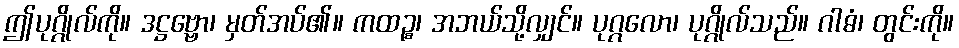
ဤပုဂ္ဂိုလ်ကို။ ဒဋ္ဌဗ္ဗော၊ မှတ်အပ်၏။ ကထဉ္စ၊ အဘယ်သို့လျှင်။ ပုဂ္ဂလော၊ ပုဂ္ဂိုလ်သည်။ ဂါဓံ၊ တွင်းကို။